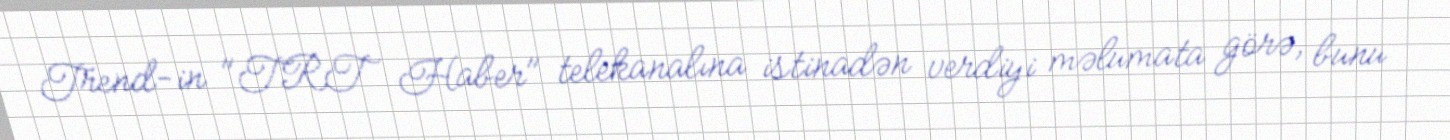
Trend-in "TRT Haber" telekanalına istinadən verdiyi məlumata görə, bunu